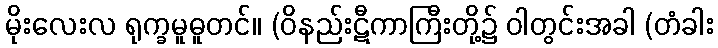
မိုးလေးလ ရုက္ခမူဓူတင်။ (ဝိနည်းဋီကာကြီးတို့၌ ဝါတွင်းအခါ (တံခါး